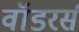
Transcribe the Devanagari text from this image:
वॉडरर्स